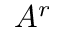
A ^ { r }